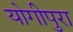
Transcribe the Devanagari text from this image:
योगीपुरा